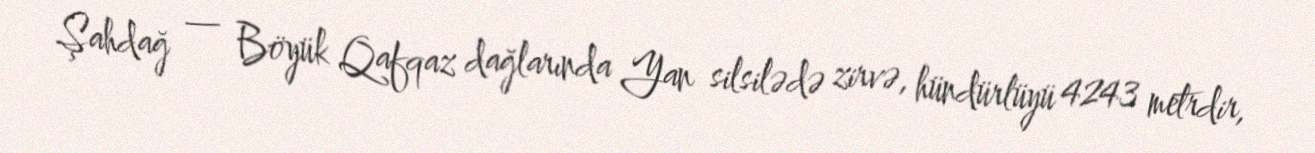
Şahdağ — Böyük Qafqaz dağlarında Yan silsilədə zirvə, hündürlüyü 4243 metrdir,